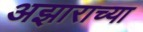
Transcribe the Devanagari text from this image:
अझाराच्या